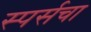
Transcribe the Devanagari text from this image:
स्पर्सचा